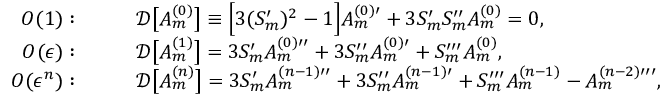
\begin{array} { r l } { O ( 1 ) : } & { \qquad \mathcal { D } \big [ A _ { m } ^ { ( 0 ) } \big ] \equiv \Big [ 3 ( S _ { m } ^ { \prime } ) ^ { 2 } - 1 \Big ] A _ { m } ^ { ( 0 ) \prime } + 3 S _ { m } ^ { \prime } S _ { m } ^ { \prime \prime } A _ { m } ^ { ( 0 ) } = 0 , } \\ { O ( \epsilon ) : } & { \qquad \mathcal { D } \big [ A _ { m } ^ { ( 1 ) } \big ] = 3 S _ { m } ^ { \prime } A _ { m } ^ { ( 0 ) \prime \prime } + 3 S _ { m } ^ { \prime \prime } A _ { m } ^ { ( 0 ) \prime } + S _ { m } ^ { \prime \prime \prime } A _ { m } ^ { ( 0 ) } , } \\ { O ( \epsilon ^ { n } ) : } & { \qquad \mathcal { D } \big [ A _ { m } ^ { ( n ) } \big ] = 3 S _ { m } ^ { \prime } A _ { m } ^ { ( n - 1 ) \prime \prime } + 3 S _ { m } ^ { \prime \prime } A _ { m } ^ { ( n - 1 ) \prime } + S _ { m } ^ { \prime \prime \prime } A _ { m } ^ { ( n - 1 ) } - A _ { m } ^ { ( n - 2 ) \prime \prime \prime } , } \end{array}